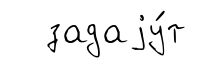
задаjу́т